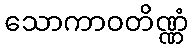
သောကာဝတိဏ္ဏံ